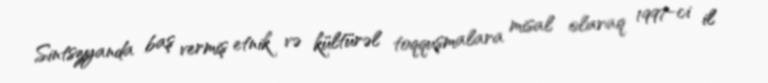
Sintszyanda baş vermiş etnik və kültürəl toqquşmalara misal olaraq 1997-ci il